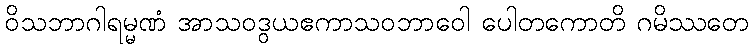
ဝိသဘာဂါရမ္မဏံ အာသဝဒွယဧကာသဝဘာဝေါ ပေါတကောတိ ဂမိဿတေ